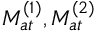
{ \cal M } _ { a t } ^ { ( 1 ) } , { \cal M } _ { a t } ^ { ( 2 ) }